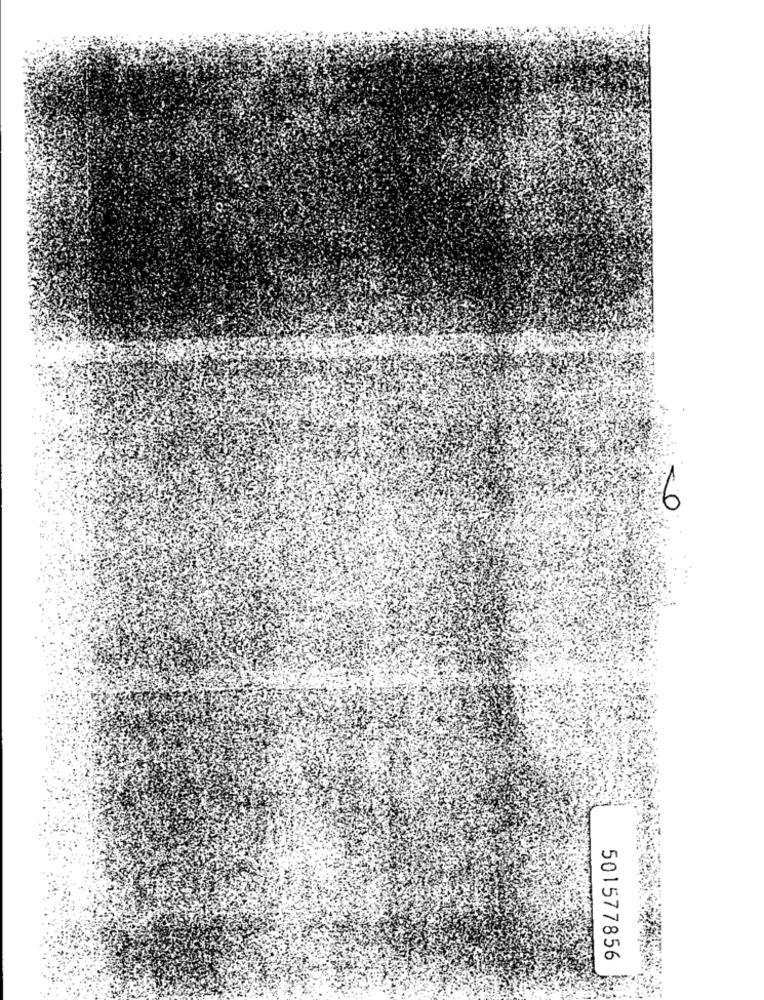
9
501577856